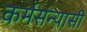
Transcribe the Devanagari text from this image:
कर्मसंन्यासी